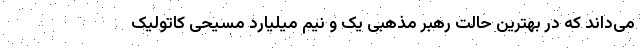
می‌داند که در بهترین حالت رهبر مذهبی یک و نیم میلیارد مسیحی کاتولیک